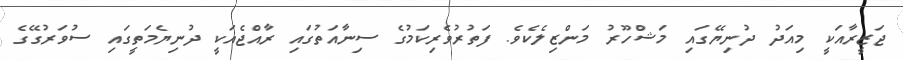
ޖަޒީރާއަކީ މިއަދު ދުނިޔޭގައި މަޝްހޫރު މަންޒިލެކެވެ. ފަތުރުވެރިކަމުގެ ސިނާއަތުގައި ރާއްޖެއަކީ ދުނިޔެމަތީގައި ސުވަރުގޭގެ